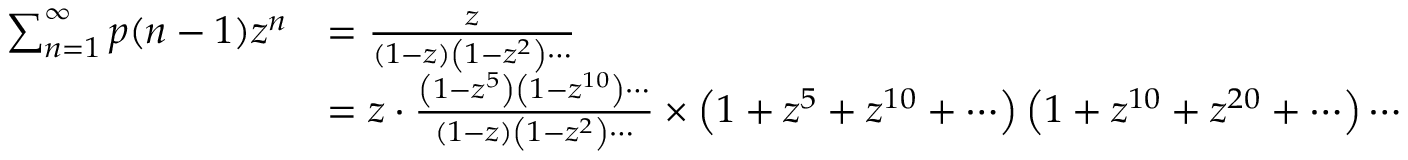
{ \begin{array} { r l } { \sum _ { n = 1 } ^ { \infty } p ( n - 1 ) z ^ { n } } & { = { \frac { z } { ( 1 - z ) \left( 1 - z ^ { 2 } \right) \cdots } } } \\ & { = z \cdot { \frac { \left( 1 - z ^ { 5 } \right) \left( 1 - z ^ { 1 0 } \right) \cdots } { ( 1 - z ) \left( 1 - z ^ { 2 } \right) \cdots } } \times \left( 1 + z ^ { 5 } + z ^ { 1 0 } + \cdots \right) \left( 1 + z ^ { 1 0 } + z ^ { 2 0 } + \cdots \right) \cdots } \end{array} }